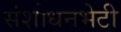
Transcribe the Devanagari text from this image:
संशोधनभेटी